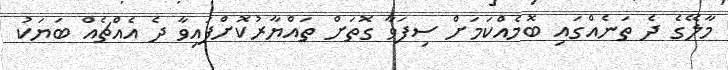
މާލޭގެ ދެ ތަނެއްގައި ބޮމެއްކަމަށް ސިފަވާ ގޮތަށް ތައްޔާރުކޮށްފައިވާ ދެ އެއްޗެއް ބަޔަކު